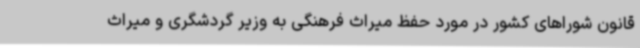
قانون شوراهای کشور در مورد حفظ میراث فرهنگی به وزیر گردشگری و میراث